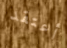
أعتقد